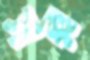
সর